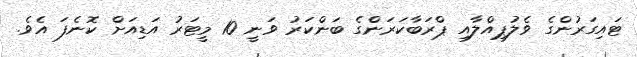
ޓައިގަރުންގެ ވެލުޕިއްލާއި ޕްރަބާކަރަންގެ ބަންކަރު ވަނީ 10 މީޓަރު އަޑިއަށް ކޮނެފަ އެވެ.